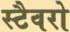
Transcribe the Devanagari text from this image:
स्टैवरो